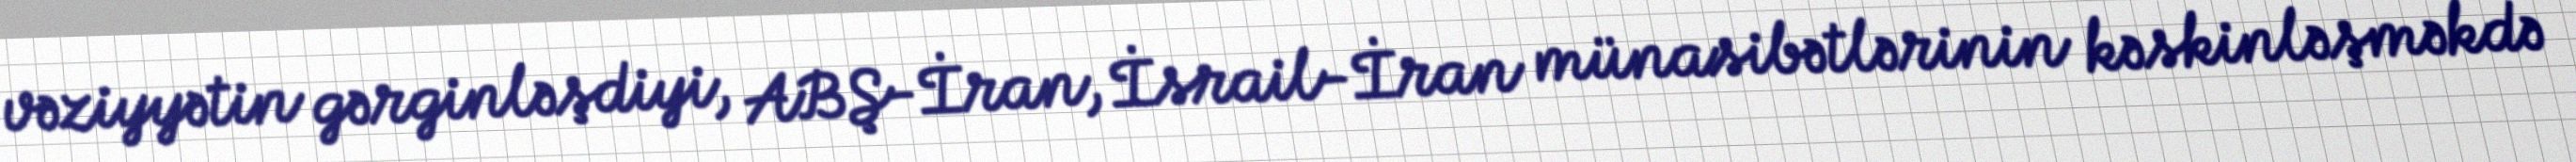
vəziyyətin gərginləşdiyi, ABŞ-İran, İsrail-İran münasibətlərinin kəskinləşməkdə